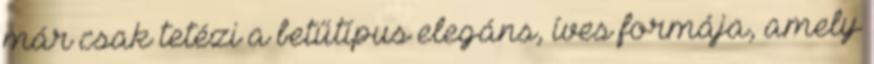
már csak tetézi a betűtípus elegáns, íves formája, amely